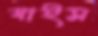
যাইস